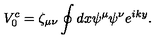
V _ { 0 } ^ { c } = \zeta _ { \mu \nu } \oint d x \psi ^ { \mu } \psi ^ { \nu } e ^ { i k y } .